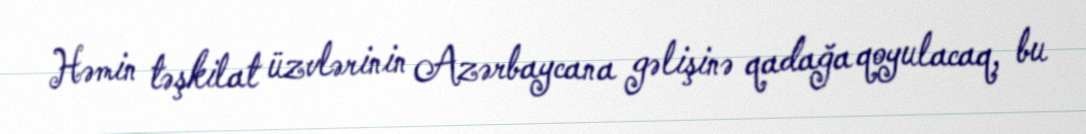
Həmin təşkilat üzvlərinin Azərbaycana gəlişinə qadağa qoyulacaq, bu